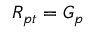
R _ { p t } = G _ { p }